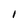
Character: l